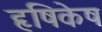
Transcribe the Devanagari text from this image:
हृषिकेष